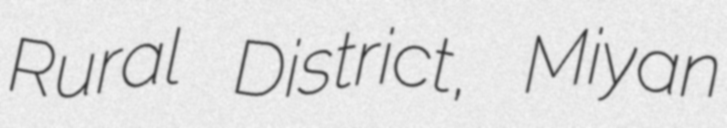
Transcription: Rural District, Miyan